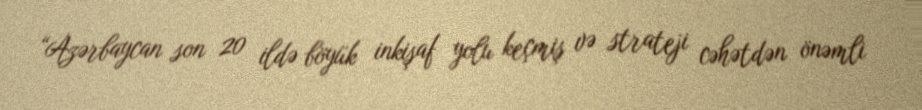
“Azərbaycan son 20 ildə böyük inkişaf yolu keçmiş və strateji cəhətdən önəmli